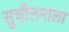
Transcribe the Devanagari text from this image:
सुशीलमाला